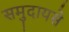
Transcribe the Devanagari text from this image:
समुदायसे